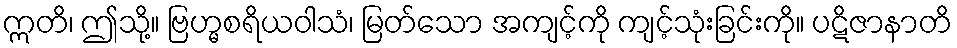
ဣတိ၊ ဤသို့။ ဗြဟ္မစရိယဝါသံ၊ မြတ်သော အကျင့်ကို ကျင့်သုံးခြင်းကို။ ပဋိဇာနာတိ